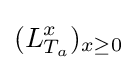
(L_{T_{a}}^{x})_{x\geq 0}